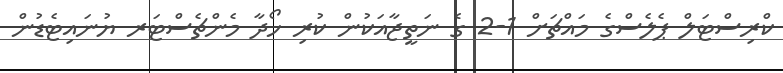
ކްރިސްޓަލް ޕެލެސްގެ މައްޗަށް 1-2 ގެ ނަތީޖާއަކުން ކުރި ހޯދާ މެންޗެސްޓަރ ޔުނައިޓެޑުން